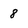
Character: 8